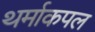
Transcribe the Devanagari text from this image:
थर्माकपल